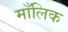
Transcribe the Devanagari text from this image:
माँलिक